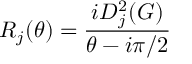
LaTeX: R _ { j } ( \theta ) = \frac { i D _ { j } ^ { 2 } ( G ) } { \theta - i \pi / 2 }